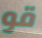
قو